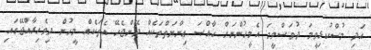
އަދި މުސްކުޅިވީމަ ދުވަސްވީމަ އެމީހުންނަށް ޚާއްޞަ ޢިނާޔަތްތަކެއް ދޭންޖެހޭ އެތަކެއް މީހުން ދިވެހިރާއްޖޭގައި